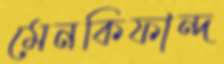
মেনকিফান্দ